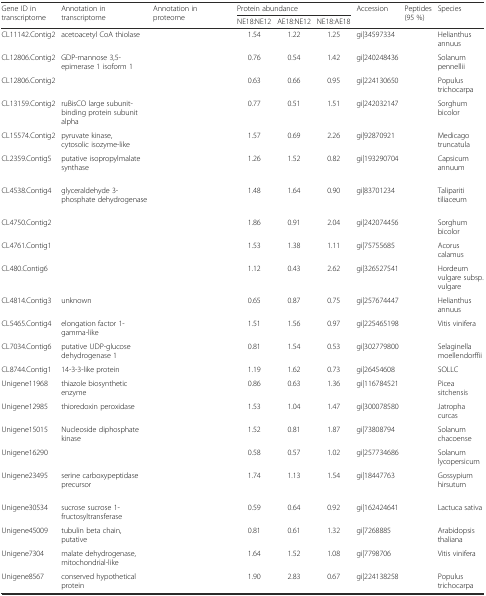
<table><thead><tr><td rowspan="2"><b>Gene ID in transcriptome</b></td><td rowspan="2"><b>Annotation in transcriptome</b></td><td rowspan="2"><b>Annotation in proteome</b></td><td colspan="3"><b>Protein abundance</b></td><td rowspan="2"><b>Accession</b></td><td rowspan="2"><b>Peptides (95 %)</b></td><td rowspan="2"><b>Species</b></td></tr><tr><td><b>NE18:NE12</b></td><td><b>AE18:NE12</b></td><td><b>NE18:AE18</b></td></tr></thead><tbody><tr><td>CL11142.Contig2</td><td>acetoacetyl CoA thiolase</td><td>[EMPTY_CELL]</td><td>1.54</td><td>1.22</td><td>1.25</td><td>gi|34597334</td><td>[EMPTY_CELL]</td><td>Helianthus annuus</td></tr><tr><td>CL12806.Contig2</td><td>GDP-mannose 3,5-epimerase 1 isoform 1</td><td>[EMPTY_CELL]</td><td>0.76</td><td>0.54</td><td>1.42</td><td>gi|240248436</td><td>[EMPTY_CELL]</td><td>Solanum pennellii</td></tr><tr><td>CL12806.Contig2</td><td>[EMPTY_CELL]</td><td>[EMPTY_CELL]</td><td>0.63</td><td>0.66</td><td>0.95</td><td>gi|224130650</td><td>[EMPTY_CELL]</td><td>Populus trichocarpa</td></tr><tr><td>CL13159.Contig2</td><td>ruBisCO large subunit-binding protein subunit alpha</td><td>[EMPTY_CELL]</td><td>0.77</td><td>0.51</td><td>1.51</td><td>gi|242032147</td><td>[EMPTY_CELL]</td><td>Sorghum bicolor</td></tr><tr><td>CL15574.Contig2</td><td>pyruvate kinase, cytosolic isozyme-like</td><td>[EMPTY_CELL]</td><td>1.57</td><td>0.69</td><td>2.26</td><td>gi|92870921</td><td>[EMPTY_CELL]</td><td>Medicago truncatula</td></tr><tr><td>CL2359.Contig5</td><td>putative isopropylmalate synthase</td><td>[EMPTY_CELL]</td><td>1.26</td><td>1.52</td><td>0.82</td><td>gi|193290704</td><td>[EMPTY_CELL]</td><td>Capsicum annuum</td></tr><tr><td>CL4538.Contig4</td><td>glyceraldehyde 3-phosphate dehydrogenase</td><td>[EMPTY_CELL]</td><td>1.48</td><td>1.64</td><td>0.90</td><td>gi|83701234</td><td>[EMPTY_CELL]</td><td>Talipariti tiliaceum</td></tr><tr><td>CL4750.Contig2</td><td>[EMPTY_CELL]</td><td>[EMPTY_CELL]</td><td>1.86</td><td>0.91</td><td>2.04</td><td>gi|242074456</td><td>[EMPTY_CELL]</td><td>Sorghum bicolor</td></tr><tr><td>CL4761.Contig1</td><td>[EMPTY_CELL]</td><td>[EMPTY_CELL]</td><td>1.53</td><td>1.38</td><td>1.11</td><td>gi|75755685</td><td>[EMPTY_CELL]</td><td>Acorus calamus</td></tr><tr><td>CL480.Contig6</td><td>[EMPTY_CELL]</td><td>[EMPTY_CELL]</td><td>1.12</td><td>0.43</td><td>2.62</td><td>gi|326527541</td><td>[EMPTY_CELL]</td><td>Hordeum vulgare subsp. vulgare</td></tr><tr><td>CL4814.Contig3</td><td>unknown</td><td>[EMPTY_CELL]</td><td>0.65</td><td>0.87</td><td>0.75</td><td>gi|257674447</td><td>[EMPTY_CELL]</td><td>Helianthus annuus</td></tr><tr><td>CL5465.Contig4</td><td>elongation factor 1-gamma-like</td><td>[EMPTY_CELL]</td><td>1.51</td><td>1.56</td><td>0.97</td><td>gi|225465198</td><td>[EMPTY_CELL]</td><td>Vitis vinifera</td></tr><tr><td>CL7034.Contig6</td><td>putative UDP-glucose dehydrogenase 1</td><td>[EMPTY_CELL]</td><td>0.81</td><td>1.54</td><td>0.53</td><td>gi|302779800</td><td>[EMPTY_CELL]</td><td>Selaginella moellendorffii</td></tr><tr><td>CL8744.Contig1</td><td>14-3-3-like protein</td><td>[EMPTY_CELL]</td><td>1.19</td><td>1.62</td><td>0.73</td><td>gi|26454608</td><td>[EMPTY_CELL]</td><td>SOLLC</td></tr><tr><td>Unigene11968</td><td>thiazole biosynthetic enzyme</td><td>[EMPTY_CELL]</td><td>0.86</td><td>0.63</td><td>1.36</td><td>gi|116784521</td><td>[EMPTY_CELL]</td><td>Picea sitchensis</td></tr><tr><td>Unigene12985</td><td>thioredoxin peroxidase</td><td>[EMPTY_CELL]</td><td>1.53</td><td>1.04</td><td>1.47</td><td>gi|300078580</td><td>[EMPTY_CELL]</td><td>Jatropha curcas</td></tr><tr><td>Unigene15015</td><td>Nucleoside diphosphate kinase</td><td>[EMPTY_CELL]</td><td>1.52</td><td>0.81</td><td>1.87</td><td>gi|73808794</td><td>[EMPTY_CELL]</td><td>Solanum chacoense</td></tr><tr><td>Unigene16290</td><td>[EMPTY_CELL]</td><td>[EMPTY_CELL]</td><td>0.58</td><td>0.57</td><td>1.02</td><td>gi|257734686</td><td>[EMPTY_CELL]</td><td>Solanum lycopersicum</td></tr><tr><td>Unigene23495</td><td>serine carboxypeptidase precursor</td><td>[EMPTY_CELL]</td><td>1.74</td><td>1.13</td><td>1.54</td><td>gi|18447763</td><td>[EMPTY_CELL]</td><td>Gossypium hirsutum</td></tr><tr><td>Unigene30534</td><td>sucrose sucrose 1-fructosyltransferase</td><td>[EMPTY_CELL]</td><td>0.59</td><td>0.64</td><td>0.92</td><td>gi|162424641</td><td>[EMPTY_CELL]</td><td>Lactuca sativa</td></tr><tr><td>Unigene45009</td><td>tubulin beta chain, putative</td><td>[EMPTY_CELL]</td><td>0.81</td><td>0.61</td><td>1.32</td><td>gi|7268885</td><td>[EMPTY_CELL]</td><td>Arabidopsis thaliana</td></tr><tr><td>Unigene7304</td><td>malate dehydrogenase, mitochondrial-like</td><td>[EMPTY_CELL]</td><td>1.64</td><td>1.52</td><td>1.08</td><td>gi|7798706</td><td>[EMPTY_CELL]</td><td>Vitis vinifera</td></tr><tr><td>Unigene8567</td><td>conserved hypothetical protein</td><td>[EMPTY_CELL]</td><td>1.90</td><td>2.83</td><td>0.67</td><td>gi|224138258</td><td>[EMPTY_CELL]</td><td>Populus trichocarpa</td></tr></tbody></table>